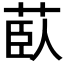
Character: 𦱽